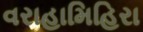
વરાહામિહિરા